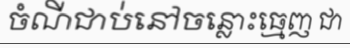
ចំណីជាប់នៅចន្លោះធ្មេញ ជា